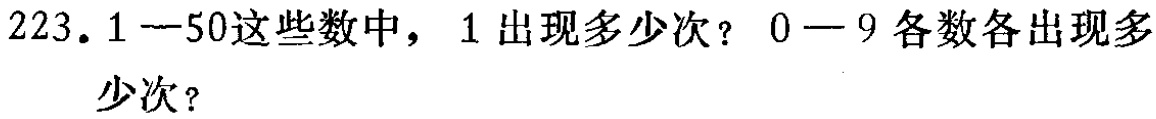
223. 1—50这些数中，1出现多少次？0—9各数各出现多少次？